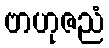
ဗာဟုဇညံ